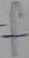
Text: f